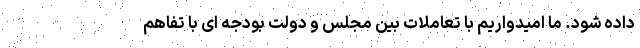
داده شود. ما امیدواریم با تعاملات بین مجلس و دولت بودجه ای با تفاهم